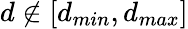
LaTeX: d\notin[d_{min},d_{max}]